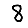
Digit: 8